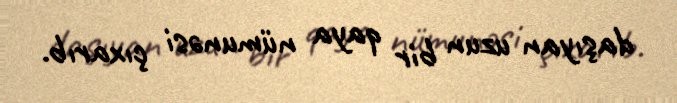
daşıyan uzun bir qaya nümunəsi çıxarıb.